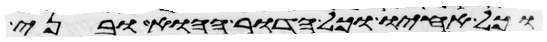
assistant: וכל אחיו וכל הדור ההוא ובני